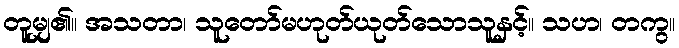
တူမျှ၏။ အသတာ၊ သူတော်မဟုတ်ယုတ်သောသူနှင့်။ သဟ၊ တကွ။